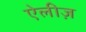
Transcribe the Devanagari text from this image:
ऐलीज़